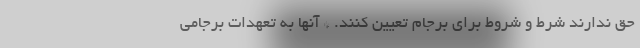
حق ندارند شرط و شروط برای برجام تعیین کنند. * آنها به تعهدات برجامی